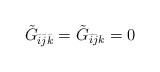
LaTeX: \begin{align*}\tilde{G}_{\bar{i} \bar{j}\bar{k}}=\tilde{G}_{\bar{i} \bar{j} k}=0\end{align*}